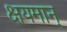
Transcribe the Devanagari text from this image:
क्षयमान्